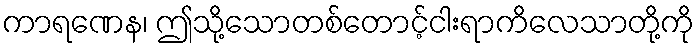
ကာရဏေန၊ ဤသို့သောတစ်တောင့်ငါးရာကိလေသာတို့ကို